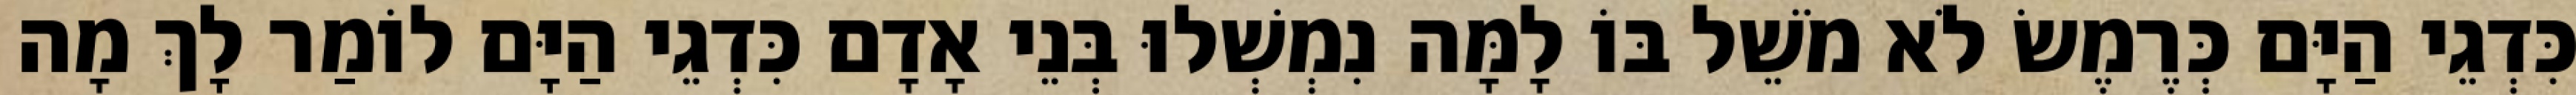
כִּדְגֵי הַיָּם כְּרֶמֶשׂ לֹא מֹשֵׁל בּוֹ לָמָּה נִמְשְׁלוּ בְּנֵי אָדָם כִּדְגֵי הַיָּם לוֹמַר לָךְ מָה